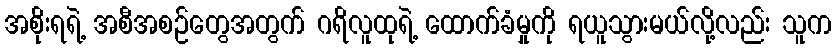
အစိုးရရဲ့ အစီအစဉ်တွေအတွက် ဂရိလူထုရဲ့ ထောက်ခံမှုကို ရယူသွားမယ်လို့လည်း သူက